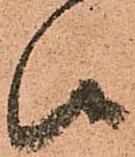
候